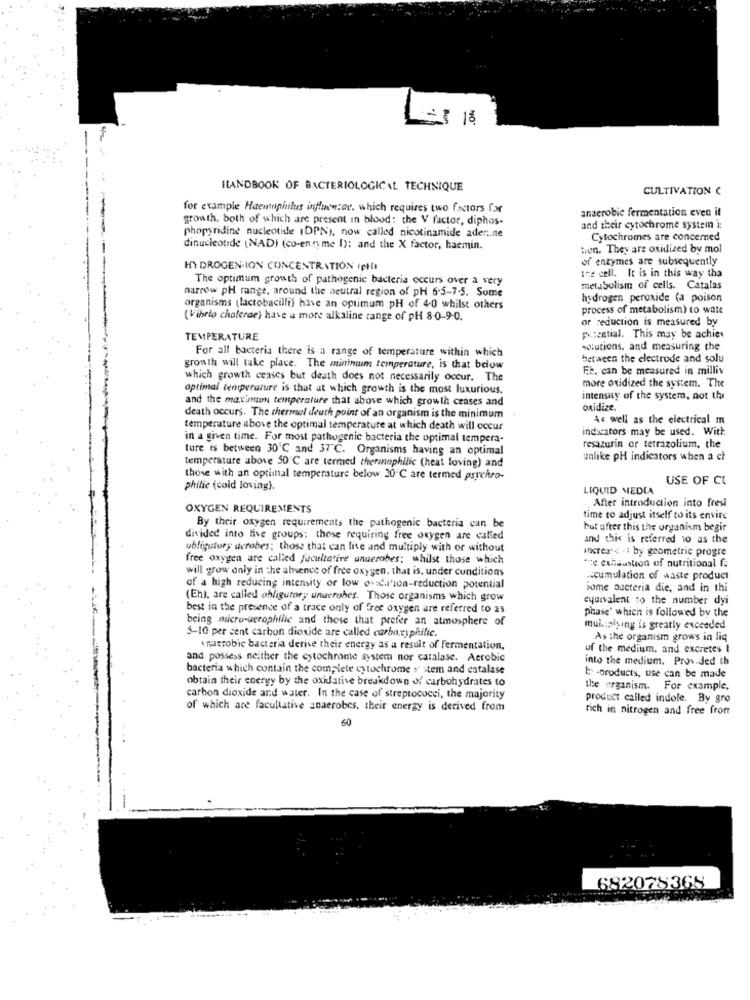
= 3 18.
ILANDBOOK OF BACTERIOLOGICAL TECHNIQUE
CULTIVATION C
for example Haemophilus influenzae. which requires two factors for
anaerobic fermentation even it
growth. both of which are present in blood: the V factor, diphos-
and their cytochrome system i:
phopyridine nucleotide (DPN), now called nicotinamide aden.ne
Cytochromes are concerned
dinucleotide (NAD) (co-ens me 1): and the X factor, haemin.
tion. They are oxidized by mol
of enzymes are subsequently
HYDROGEN-ION CONCENTRATION INtil
the cell. It is in this way tha
The optimum growth of pathogenic bacteria occurs over a very
narrow pH range, around the neutral region of pH 6-5-7-5. Some
metabolism of cells. Catalas
hydrogen peroxide (a poison
organisms (lactobacilli) have an optimum pH of 4.0 whilst others
process of metabolism) to ware
(Vibrio cholerae) have a more alkaline range of pH 8-0-9-0.
or reduction is measured by
TEMPERATURE
potential. This may be achiev
For all bacteria there is a range of temperature within which
solutions, and measuring the
between the electrode and solu
growth will take place. The minimum temperature, is that below
Eb. can be measured in milliv
which growth ceases but death does not necessarily occur. The
more oxidized the system. The
optimal temperature is that at which growth is the most luxurious.
and the maximum temperature that above which growth ceases and
intensity of the system, not the
oxidize.
death occurs. The thermal deuth point of an organism is the minimum
As well as the electrical m
temperature above the optimal temperature at which death will occur
indicators may be used. With
in a given time. For most pathogenic bacteria the optimal tempera-
ture is between 30℃ and 37 ℃. Organisms having an optimal
resazurin or tetrazolium, the
temperature above 50'℃ are termed therinnphilic (heat loving) and
unlike pH indicators when a ch
those with an optimal temperature below 20℃ are termed psychro-
USE OF CL
philie (cold loving).
LIQUID MEDIA
After introduction into fresi
OXYGEN REQUIREMENTS
time to adjust itself to its envirc
By their oxygen requirements the pathogenic bacteria can be
but after this the organism begir
divided into five groups: those requiring free oxygen are called
and this is referred to as the
ubligutory aerobes; those that can live and multiply with or without
increase .: by geometric progre
free oxygen are called facultative unuerobes; whilst those which
fre exhaustion of nutritional fa
will grow only in the absence of free oxygen. that is, under cunditions
-cumulation of waste product
of a high reducing intensity or low oldalon-reduction potential
some bacteria die, and in thi
(Eh), are called obligutor, underobes. Those organisms which grow
equivalent to the number dyi
best in the presence of a trace only of free oxygen are referred to as
phase' which is followed by the
being micru-uerophilie and those that prefer an atmosphere of
5-10 per cent carbon dioxide are called carboxyphilic.
muitolying is greatly exceeded
As the organism grows in liq
Anaerobic bacteria derise their energy as a result of Fermentation,
of the medium, and excretes I
and possess neither the cytochrome system nor catalase. Aerobic
into the medium. Pros ded th
bacteria which contain the complete cytochrome =" stem and catalase
obtain their energy by the oxidative breakdown of carbohydrates to
È -products, use can be made
the organism. For example.
carbon dioxide and water. In the case of streptococci, the majority
product called indole. By gro
of which are facultative anaerobes, their energy is derived from
rich in nitrogen and free from
682078368